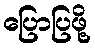
ပြောပြဖို့